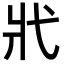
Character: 𢍿